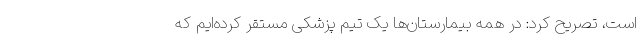
است، تصریح کرد: در همه بیمارستان‌ها یک تیم پزشکی مستقر کرده‌ایم که